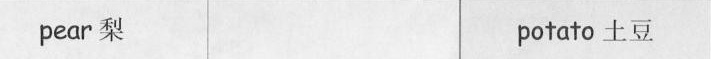
pear 梨 potato 土豆